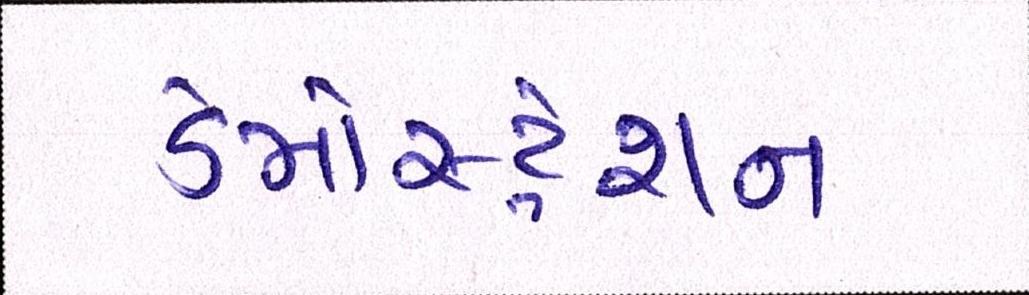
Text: ડેમોસ્ટ્રેશન